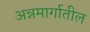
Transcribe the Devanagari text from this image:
अन्नमार्गातील